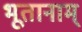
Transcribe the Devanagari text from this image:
भूतानाम्